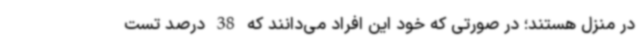
در منزل هستند؛ در صورتی که خود این افراد می‌دانند که 38 درصد تست